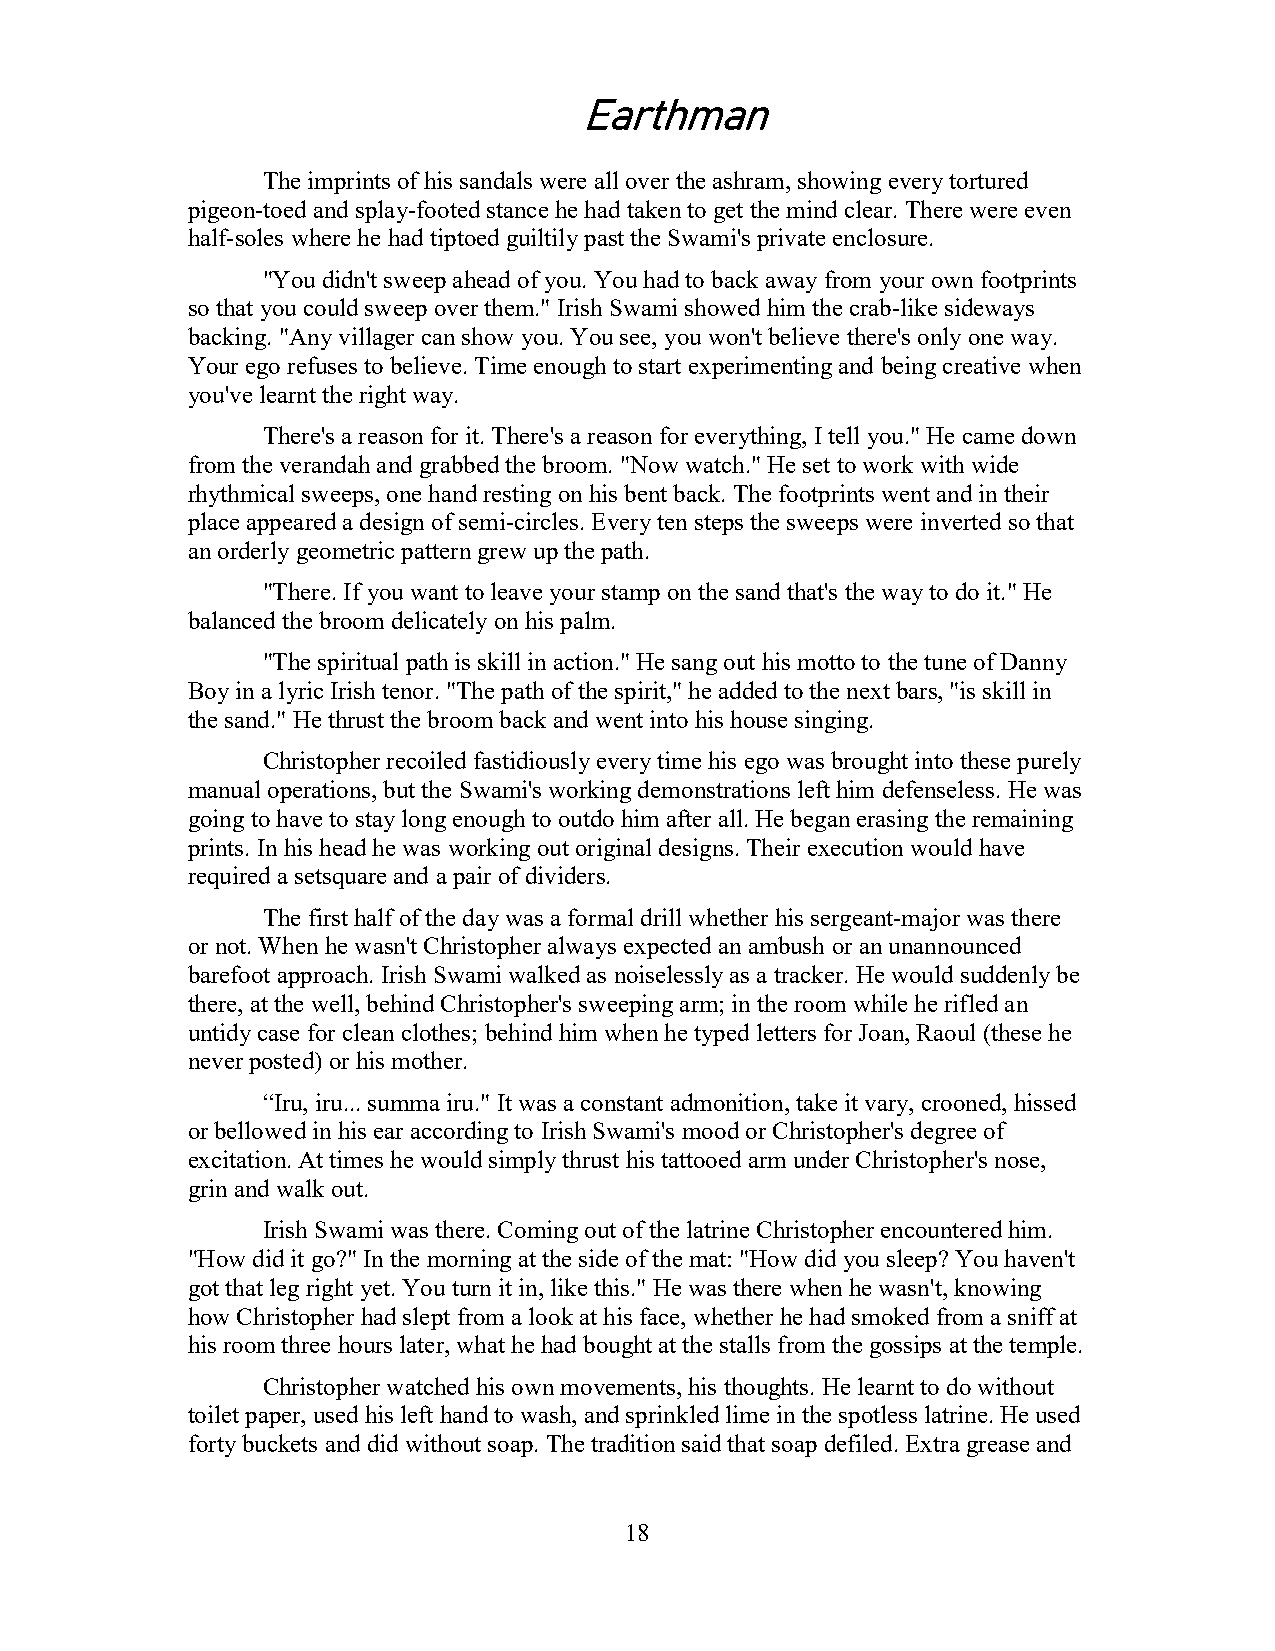
Earthman
 The imprints of his sandals were all over the ashram, showing every tortured
 pigeon-toed and splay-footed stance he had taken to get the mind clear. There were even
 half-soles where he had tiptoed guiltily past the Swami's private enclosure.
 "You didn't sweep ahead of you. You had to back away from your own footprints
 so that you could sweep over them." Irish Swami showed him the crab-like sideways
 backing. "Any villager can show you. You see, you won't believe there's only one way.
 Your ego refuses to believe. Time enough to start experimenting and being creative when
 you've learnt the right way.
 There's a reason for it. There's a reason for everything, I tell you." He came down
 from the verandah and grabbed the broom. "Now watch." He set to work with wide
 rhythmical sweeps, one hand resting on his bent back. The footprints went and in their
 place appeared a design of semi-circles. Every ten steps the sweeps were inverted so that
 an orderly geometric pattern grew up the path.
 "There. If you want to leave your stamp on the sand that's the way to do it." He
 balanced the broom delicately on his palm.
 "The spiritual path is skill in action." He sang out his motto to the tune of Danny
 Boy in a lyric Irish tenor. "The path of the spirit," he added to the next bars, "is skill in
 the sand." He thrust the broom back and went into his house singing.
 Christopher recoiled fastidiously every time his ego was brought into these purely
 manual operations, but the Swami's working demonstrations left him defenseless. He was
 going to have to stay long enough to outdo him after all. He began erasing the remaining
 prints. In his head he was working out original designs. Their execution would have
 required a setsquare and a pair of dividers.
 The first half of the day was a formal drill whether his sergeant-major was there
 or not. When he wasn't Christopher always expected an ambush or an unannounced
 barefoot approach. Irish Swami walked as noiselessly as a tracker. He would suddenly be
 there, at the well, behind Christopher's sweeping arm; in the room while he rifled an
 untidy case for clean clothes; behind him when he typed letters for Joan, Raoul (these he
 never posted) or his mother.
 “Iru, iru... summa iru." It was a constant admonition, take it vary, crooned, hissed
 or bellowed in his ear according to Irish Swami's mood or Christopher's degree of
 excitation. At times he would simply thrust his tattooed arm under Christopher's nose,
 grin and walk out.
 Irish Swami was there. Coming out of the latrine Christopher encountered him.
 "How did it go?" In the morning at the side of the mat: "How did you sleep? You haven't
 got that leg right yet. You turn it in, like this." He was there when he wasn't, knowing
 how Christopher had slept from a look at his face, whether he had smoked from a sniff at
 his room three hours later, what he had bought at the stalls from the gossips at the temple.
 Christopher watched his own movements, his thoughts. He learnt to do without
 toilet paper, used his left hand to wash, and sprinkled lime in the spotless latrine. He used
 forty buckets and did without soap. The tradition said that soap defiled. Extra grease and
 18